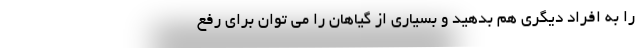
را به افراد دیگری هم بدهید و بسیاری از گیاهان را می توان برای رفع